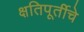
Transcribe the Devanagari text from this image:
क्षतिपूर्तीचे